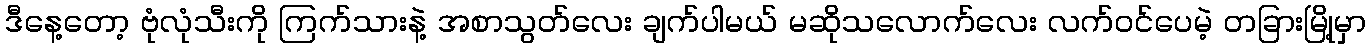
ဒီနေ့တော့ ဗုံလုံသီးကို ကြက်သားနဲ့ အစာသွတ်လေး ချက်ပါမယ် မဆိုသလောက်လေး လက်ဝင်ပေမဲ့ တခြားမြို့မှာ